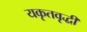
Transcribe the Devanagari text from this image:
यकृतवृद्धी